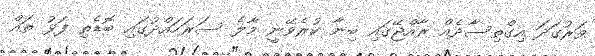
ވަރުގަދަ އިގްތިސާދެއް ރާއްޖޭގައި ބިނާ ކުރެވޭނީ މާލެ ސަރަހައްދުގައި ބޮޑެތި ފަޅު ތައް